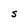
Character: S